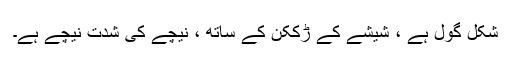
شکل گول ہے ، شیشے کے ڑککن کے ساتھ ، نیچے کی شدت نیچے ہے۔